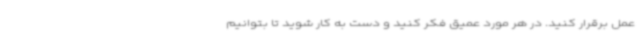
عمل برقرار کنید. در هر مورد عمیق فکر کنید و دست به کار شوید تا بتوانیم